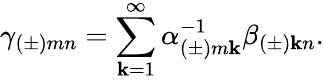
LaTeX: \gamma_{(\pm)mn}=\sum_{\mathbf{k}=1}^{\infty}\alpha_{(\pm)m\mathbf{k}}^{-1}\beta_{(\pm)\mathbf{k}n}.